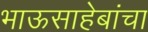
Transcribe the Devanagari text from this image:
भाऊसाहेबांचा